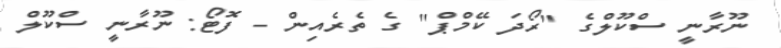
ނޫރާނީ ސްކޫލްގެ "ރޯދަ ކޭމްޕް" ގެ ތެރެއިން - ފޮޓޯ: ނޫރާނީ ސްކޫލް